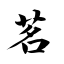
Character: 茗